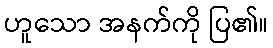
ဟူသော အနက်ကို ပြ၏။